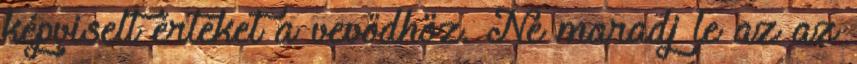
képviselt értéket a vevődhöz. Ne maradj le az az